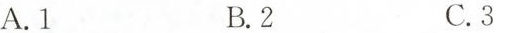
A.1 B.2 C.3